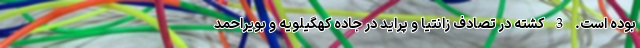
بوده است. 3 کشته در تصادف زانتیا و پراید در جاده کهگیلویه و بویراحمد